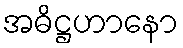
အဓိဋ္ဌဟာနော